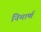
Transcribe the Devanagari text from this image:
निमार्ण